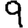
Digit: 9